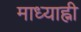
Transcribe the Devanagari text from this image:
माध्याह्नी